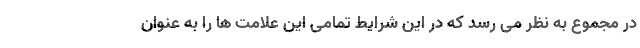
در مجموع به نظر می رسد که در این شرایط تمامی این علامت ها را به عنوان